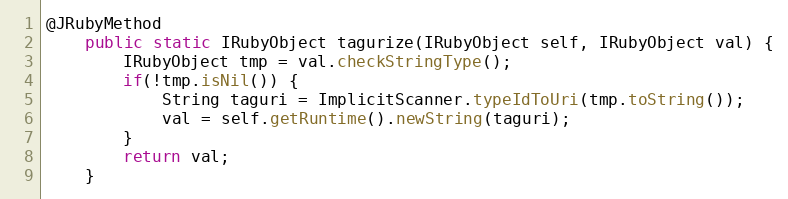
Language: Java
@JRubyMethod
    public static IRubyObject tagurize(IRubyObject self, IRubyObject val) {
        IRubyObject tmp = val.checkStringType();
        if(!tmp.isNil()) {
            String taguri = ImplicitScanner.typeIdToUri(tmp.toString());
            val = self.getRuntime().newString(taguri);
        }
        return val;
    }